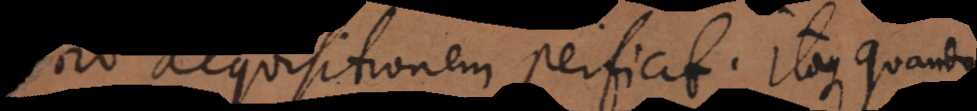
acquisitionem perficit. Itaque quando